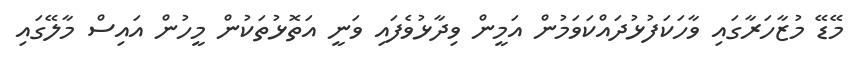
މޭޑޭ މުޒާހަރާގައި ވާހަކަފުޅުދައްކަވަމުން އަމީން ވިދާޅުވެފައި ވަނީ އަތޮޅުތަކުން މީހުން އައިސް މާލޭގައި